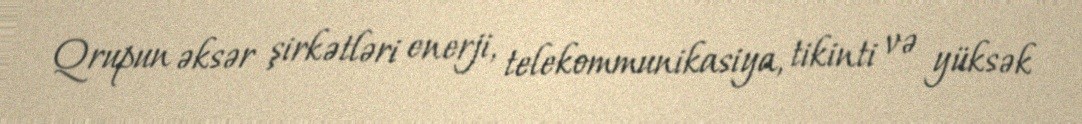
Qrupun əksər şirkətləri enerji, telekommunikasiya, tikinti və yüksək